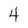
Character: 4